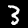
Label: 3